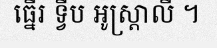
ធ្នើរ ទ្វីប អូស្ត្រាលី ។